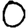
Digit: 0